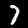
Digit: 7